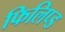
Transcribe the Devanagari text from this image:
फिलिप्ड